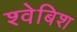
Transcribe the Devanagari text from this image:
श्वेबिश